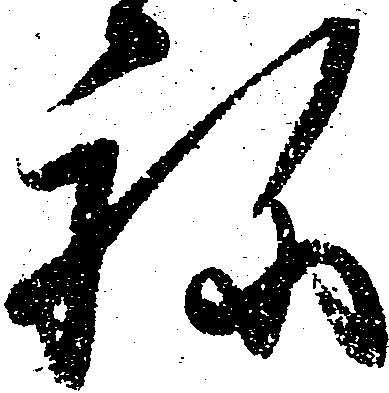
ね